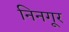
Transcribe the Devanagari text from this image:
निनगूर